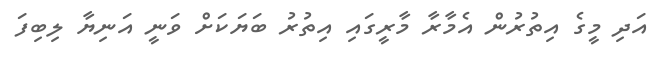
އަދި މީގެ އިތުރުން އެމާރާ މާރީގައި އިތުރު ބަޔަކަށް ވަނީ އަނިޔާ ލިބިފަ